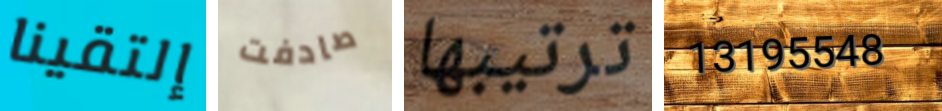
إلتقينا صادفت ترتيبها 13195548